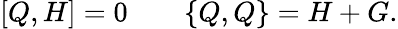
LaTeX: [Q,H]=0\qquad\{ Q,Q\} =H+G.